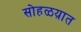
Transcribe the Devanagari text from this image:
सोहळय़ात